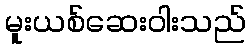
မူးယစ်ဆေးဝါးသည်